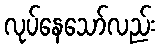
လုပ်နေသော်လည်း